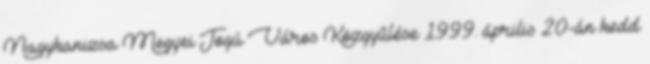
Nagykanizsa Megyei Jogú Város Közgyűlése 1999. április 20-án kedd